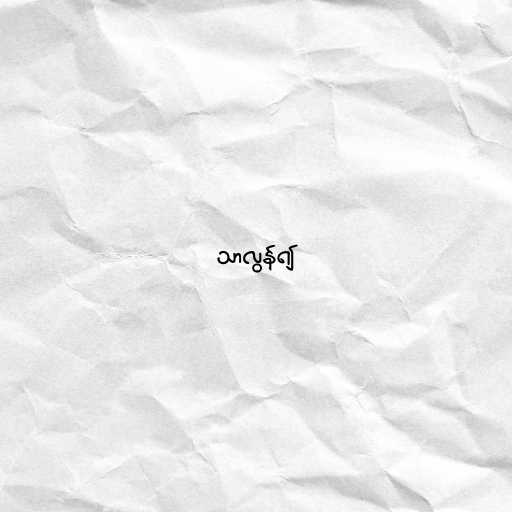
သာလွန်၍